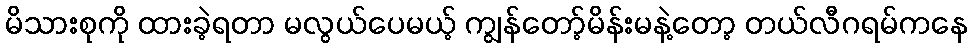
မိသားစုကို ထားခဲ့ရတာ မလွယ်ပေမယ့် ကျွန်တော့်မိန်းမနဲ့တော့ တယ်လီဂရမ်ကနေ